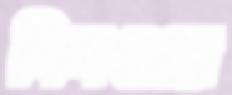
সিসওয়ে